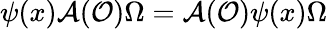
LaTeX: \psi(x)\mathcal{A}(\mathcal{O})\Omega=\mathcal{A}(\mathcal{O})\psi(x)\Omega